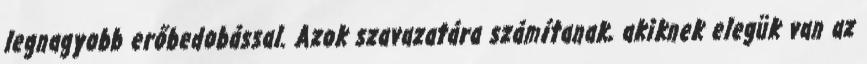
legnagyobb erőbedobással. Azok szavazatára számítanak, akiknek elegük van az